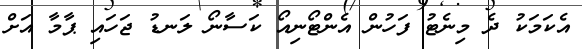
އެކަމަކު ދެ މިނެޓު ފަހުން އެންޓޯނިއޯ ކަސާނޯ ލަނޑު ޖަހައި ޕާމާ އަށް